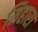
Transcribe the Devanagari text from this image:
मिहारा